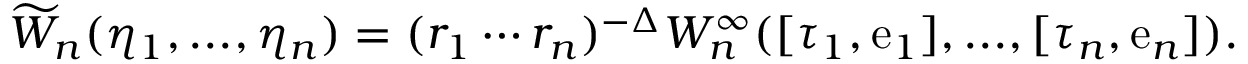
\widetilde { \cal W } _ { n } ( \eta _ { 1 } , . . . , \eta _ { n } ) = ( r _ { 1 } \cdots r _ { n } ) ^ { - \Delta } { \cal W } _ { n } ^ { \infty } ( [ \tau _ { 1 } , \mathrm { e } _ { 1 } ] , . . . , [ \tau _ { n } , \mathrm { e } _ { n } ] ) .